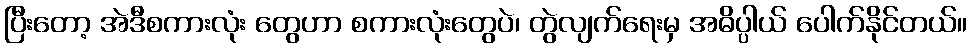
ပြီးတော့ အဲဒီစကားလုံး တွေဟာ စကားလုံးတွေပဲ၊ တွဲလျက်ရေးမှ အဓိပ္ပါယ် ပေါက်နိုင်တယ်။